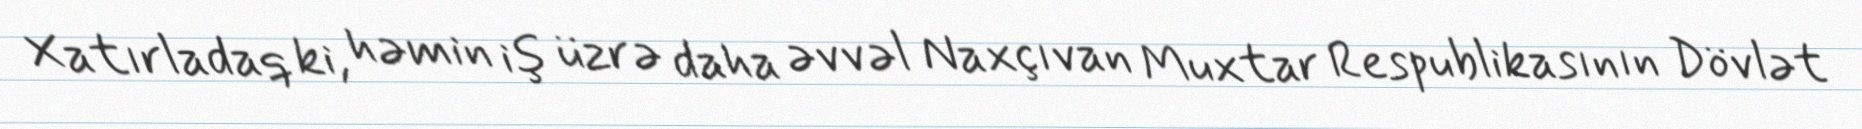
Xatırladaq ki, həmin iş üzrə daha əvvəl Naxçıvan Muxtar Respublikasının Dövlət